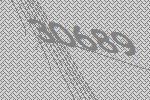
30689